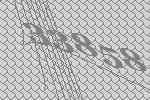
33858